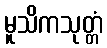
မူသိကသုတ္တံ